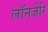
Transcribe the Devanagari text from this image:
लॉनज़ेरि